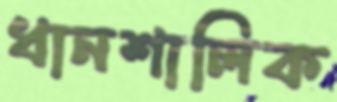
ধানশালিক